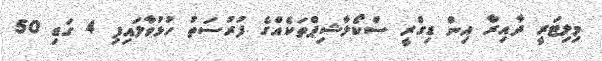
މިލިޓަރީ ދާއިރާ އިން ޑިގްރީ ސްކޯލާޝިޕްތަކެއްގެ ފުރުސަތު ހުޅުވާލައިފި 4 ގަޑި 50